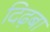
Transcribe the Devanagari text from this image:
दिढ़बा